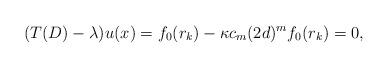
LaTeX: \begin{align*}(T(D)-\lambda)u(x)=f_0(r_k)-\kappa c_m(2d)^mf_0(r_k)=0,\end{align*}